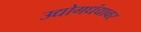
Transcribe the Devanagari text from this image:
उद्योगधंद्यावर